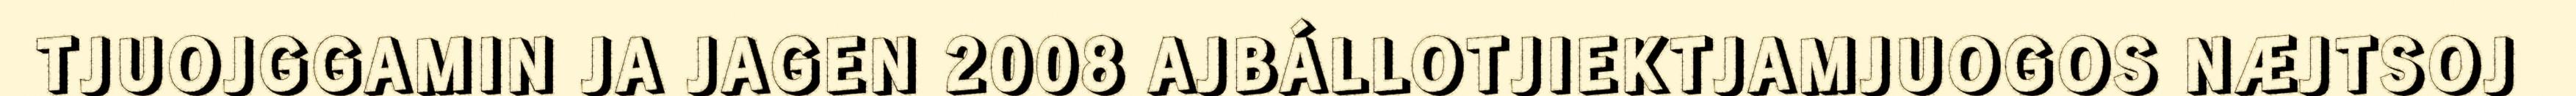
TJUOJGGAMIN JA JAGEN 2008 AJBÁLLOTJIEKTJAMJUOGOS NÆJTSOJ